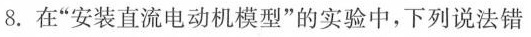
8.在”安装直流电动机模型”的实验中，下列说法错